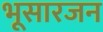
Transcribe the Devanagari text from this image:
भूसारजन